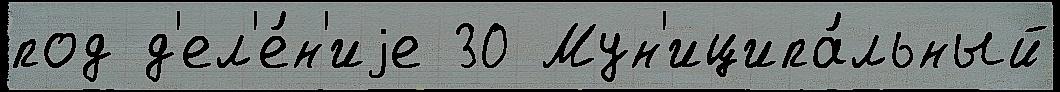
под д'ел'е́н'иjе 30 Мун'иципа́льный